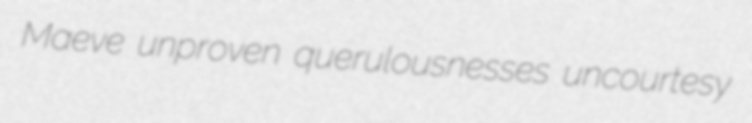
Maeve unproven querulousnesses uncourtesy